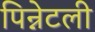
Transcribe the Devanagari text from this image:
पिन्नेटली